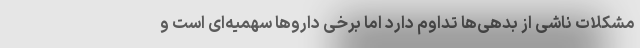
مشکلات ناشی از بدهی‌ها تداوم دارد اما برخی داروها سهمیه‌ای است و